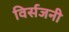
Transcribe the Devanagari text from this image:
विर्सजनी